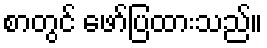
စာတွင် ဖော်ပြထားသည်။